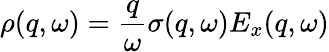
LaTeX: \rho(q,\omega)=\frac{q}{\omega}\sigma(q,\omega)E_{x}(q,\omega)